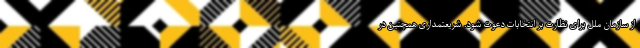
از سازمان ملل برای نظارت بر انتخابات دعوت شود. شریعتمداری همچنین در